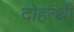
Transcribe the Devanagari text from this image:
दोहत्थी